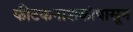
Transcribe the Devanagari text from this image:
कीटकनाशकांपासून